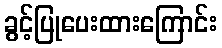
ခွင့်ပြုပေးထားကြောင်း